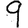
Digit: 9